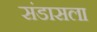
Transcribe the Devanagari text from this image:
संडासला